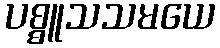
ပစ္စူသသမယေ